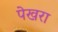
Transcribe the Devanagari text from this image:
पेखरा